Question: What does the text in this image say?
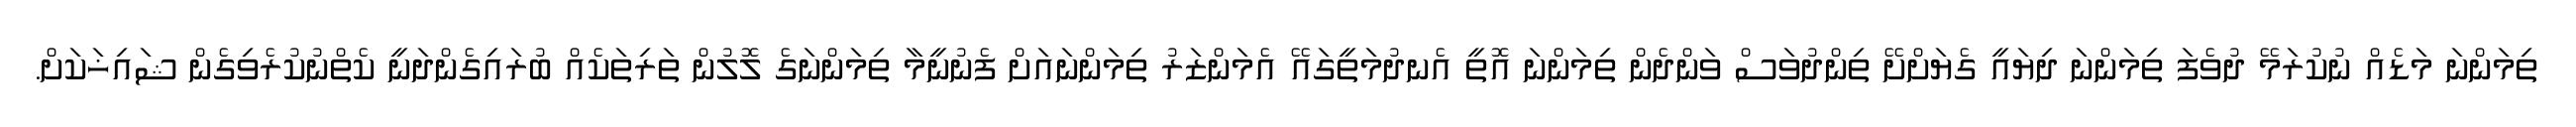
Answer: ތިމަންނަ މަޑެއް ނުކުރަމޭ ދުވެފަ ތިމަންނަ ދިޔައީ ގެޔަށްށޭ ތިންދުވަސް ވަންދެން ތިމަންނަ އޮތީ އެނދުމަތީގައޭ އެމަންޒަރު ތިމަންނައަށް ފެނުނީމާ ތިމަންނަގެ ލޮލުން ތަރިތަކެއް ބުރައިގެންދަނީ ކެތްނުކުރެވިގެން ޝައިޚަކަށް.